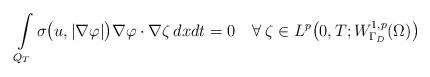
LaTeX: \begin{align*} \int\limits_{Q_T}\sigma\big(u,|\nabla\varphi|\big)\nabla\varphi\cdot\nabla\zeta\,dxdt=0\quad\forall\;\zeta\in L^p\big(0,T;W_{\Gamma_D}^{1,p}(\Omega)\big)\end{align*}